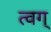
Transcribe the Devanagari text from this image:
त्वग्